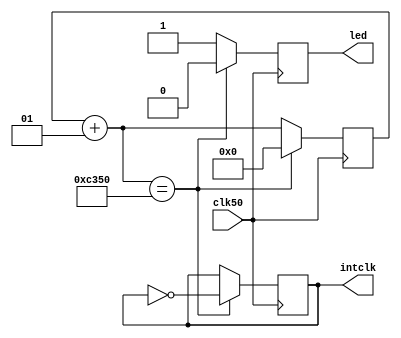
/*---------------50 Mhz to 1khz clock----------------*/
module divclk(clk50,intclk,led);
input clk50;
output intclk,led;
integer counter=0;
reg intclk=1'b0;
reg led;

always@(posedge clk50)
begin: divclk
	counter=counter+1;
	if (counter==50000) begin
		counter=0;
		led<=1'b0;
		intclk<=~intclk;
	end
	else begin 
		led<=1'b1;
	end
end
endmodule